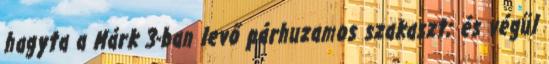
hagyta a Márk 3-ban levő párhuzamos szakaszt; és végül